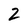
Character: 2